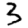
Digit: 3